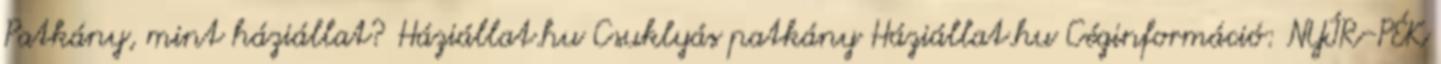
Patkány, mint háziállat? Háziállat.hu Csuklyás patkány Háziállat.hu Céginformáció: NYÍR-PÉK